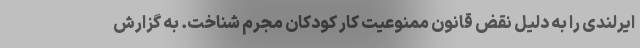
ایرلندی را به دلیل نقض قانون ممنوعیت کار کودکان مجرم شناخت. به گزارش